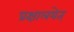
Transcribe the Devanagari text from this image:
प्रक्षालयेत्